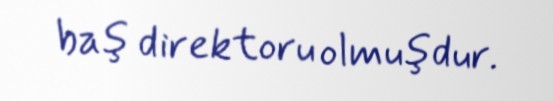
baş direktoru olmuşdur.